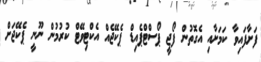
ފަށާފައިވާ ކަމަށާއި އެގޮތުން ފޯޖީ ޕޯސްޓްޕެއިޑް ޕެކޭޖެއް އެކްޓިވޭޓް ކުރުމުން ނޫނީ ޕެކޭޖަށް